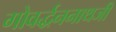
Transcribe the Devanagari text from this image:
गोवर्द्धननाथजी